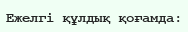
Ежелгі құлдық қоғамда: